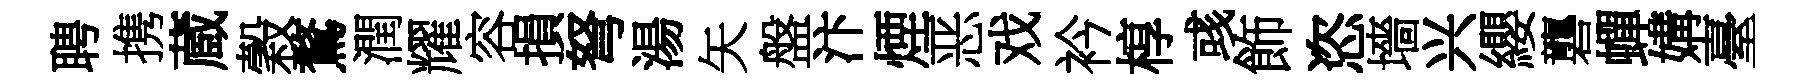
聘携蔵穀鶩潤耀容損弩湯矢盤汴煙恶戏衿椁彧飾恣墻兴纓礱蟬媾臺